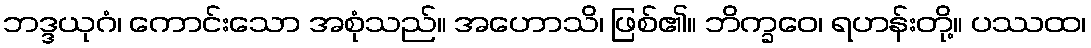
ဘဒ္ဒယုဂံ၊ ကောင်းသော အစုံသည်။ အဟောသိ၊ ဖြစ်၏။ ဘိက္ခဝေ၊ ရဟန်းတို့။ ပဿထ၊